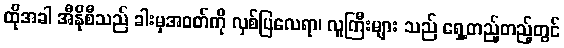
ထိုအခါ အီနိုစီသည် ခါးမှအဝတ်ကို လှစ်ပြလေရာ၊ လူကြီးများ သည် ရှေ့တည့်တည့်တွင်